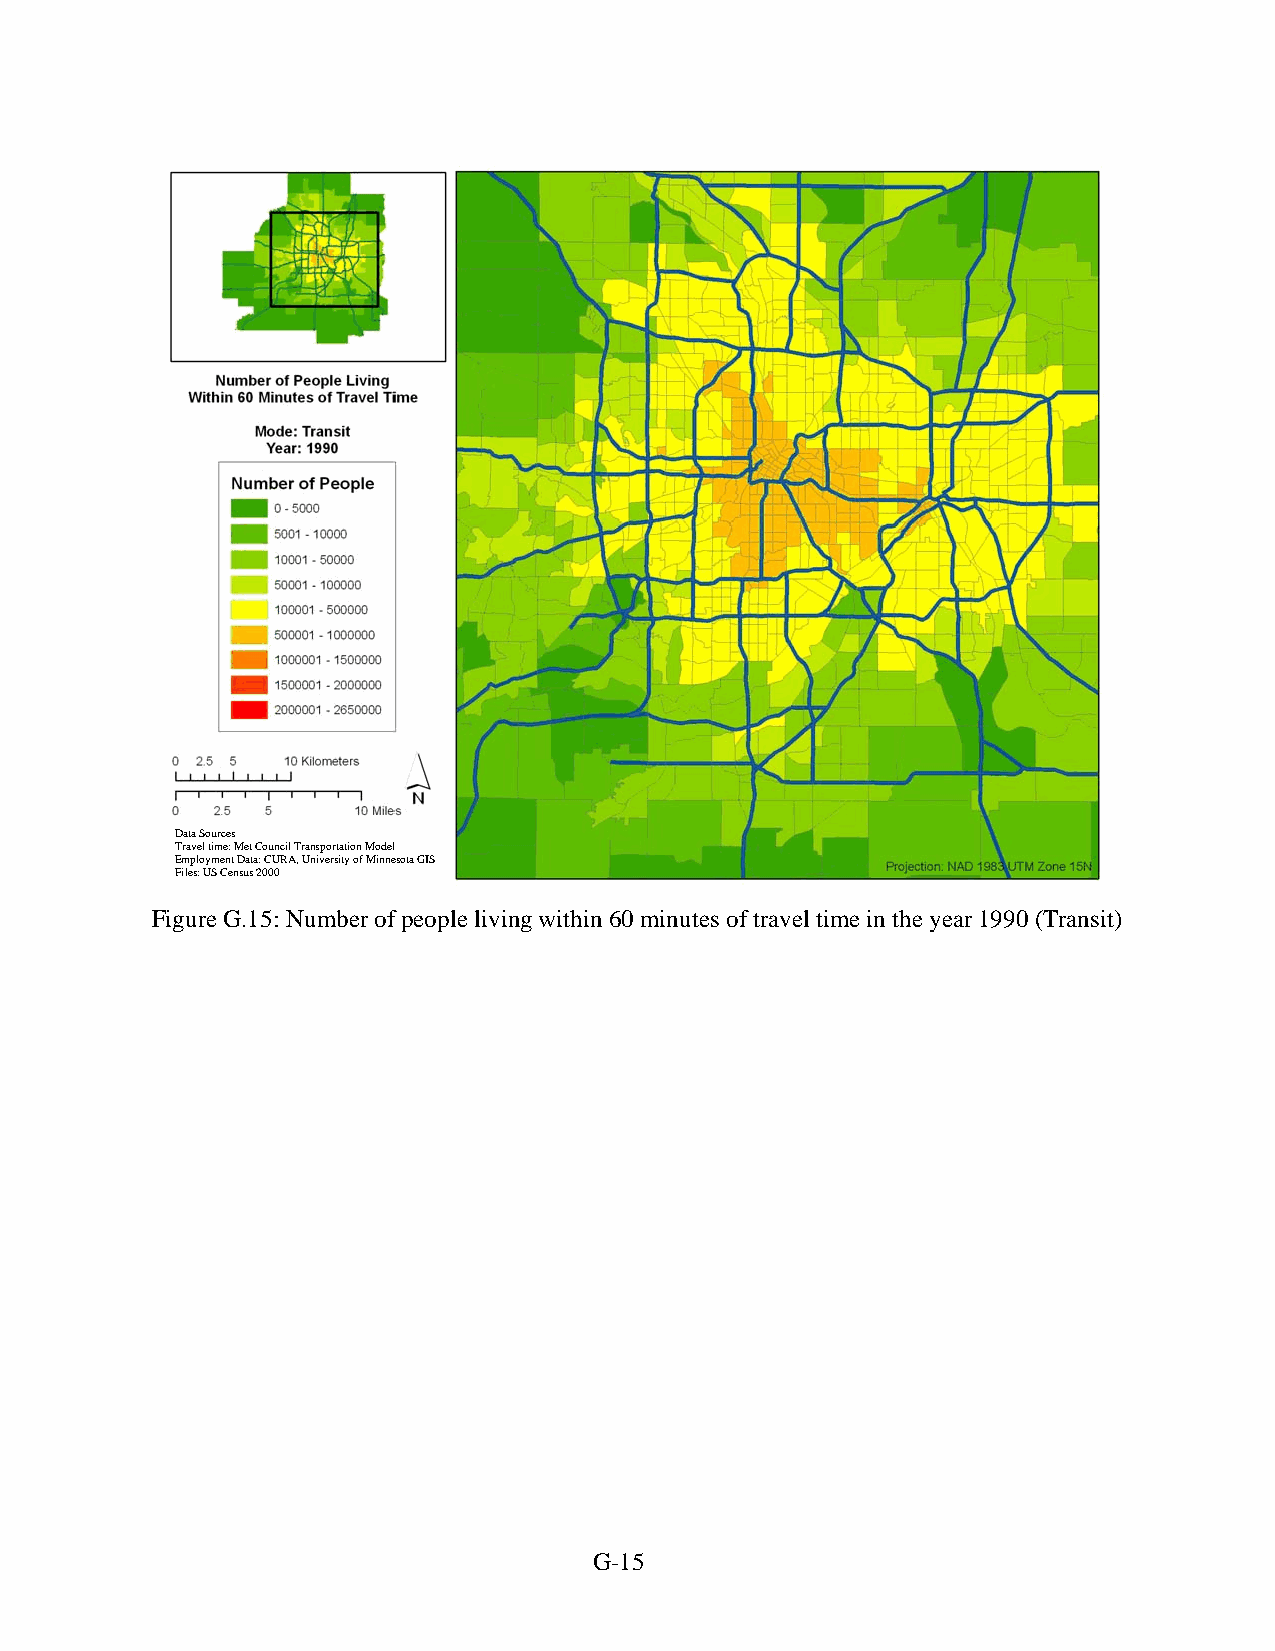
Data Sources
 Travel time: Met Council Transportation Model
 Employment Data: CURA, University of Minnesota GIS
 Files: US Census 2000
 Figure G.15: Number of people living within 60 minutes of travel time in the year 1990 (Transit)
 G-15